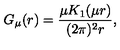
G _ { \mu } ( r ) = \frac { \mu K _ { 1 } ( \mu r ) } { ( 2 \pi ) ^ { 2 } r } ,